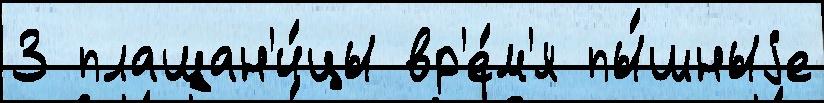
3 плащан'и́цы вр'е́м'я пы́шныjе